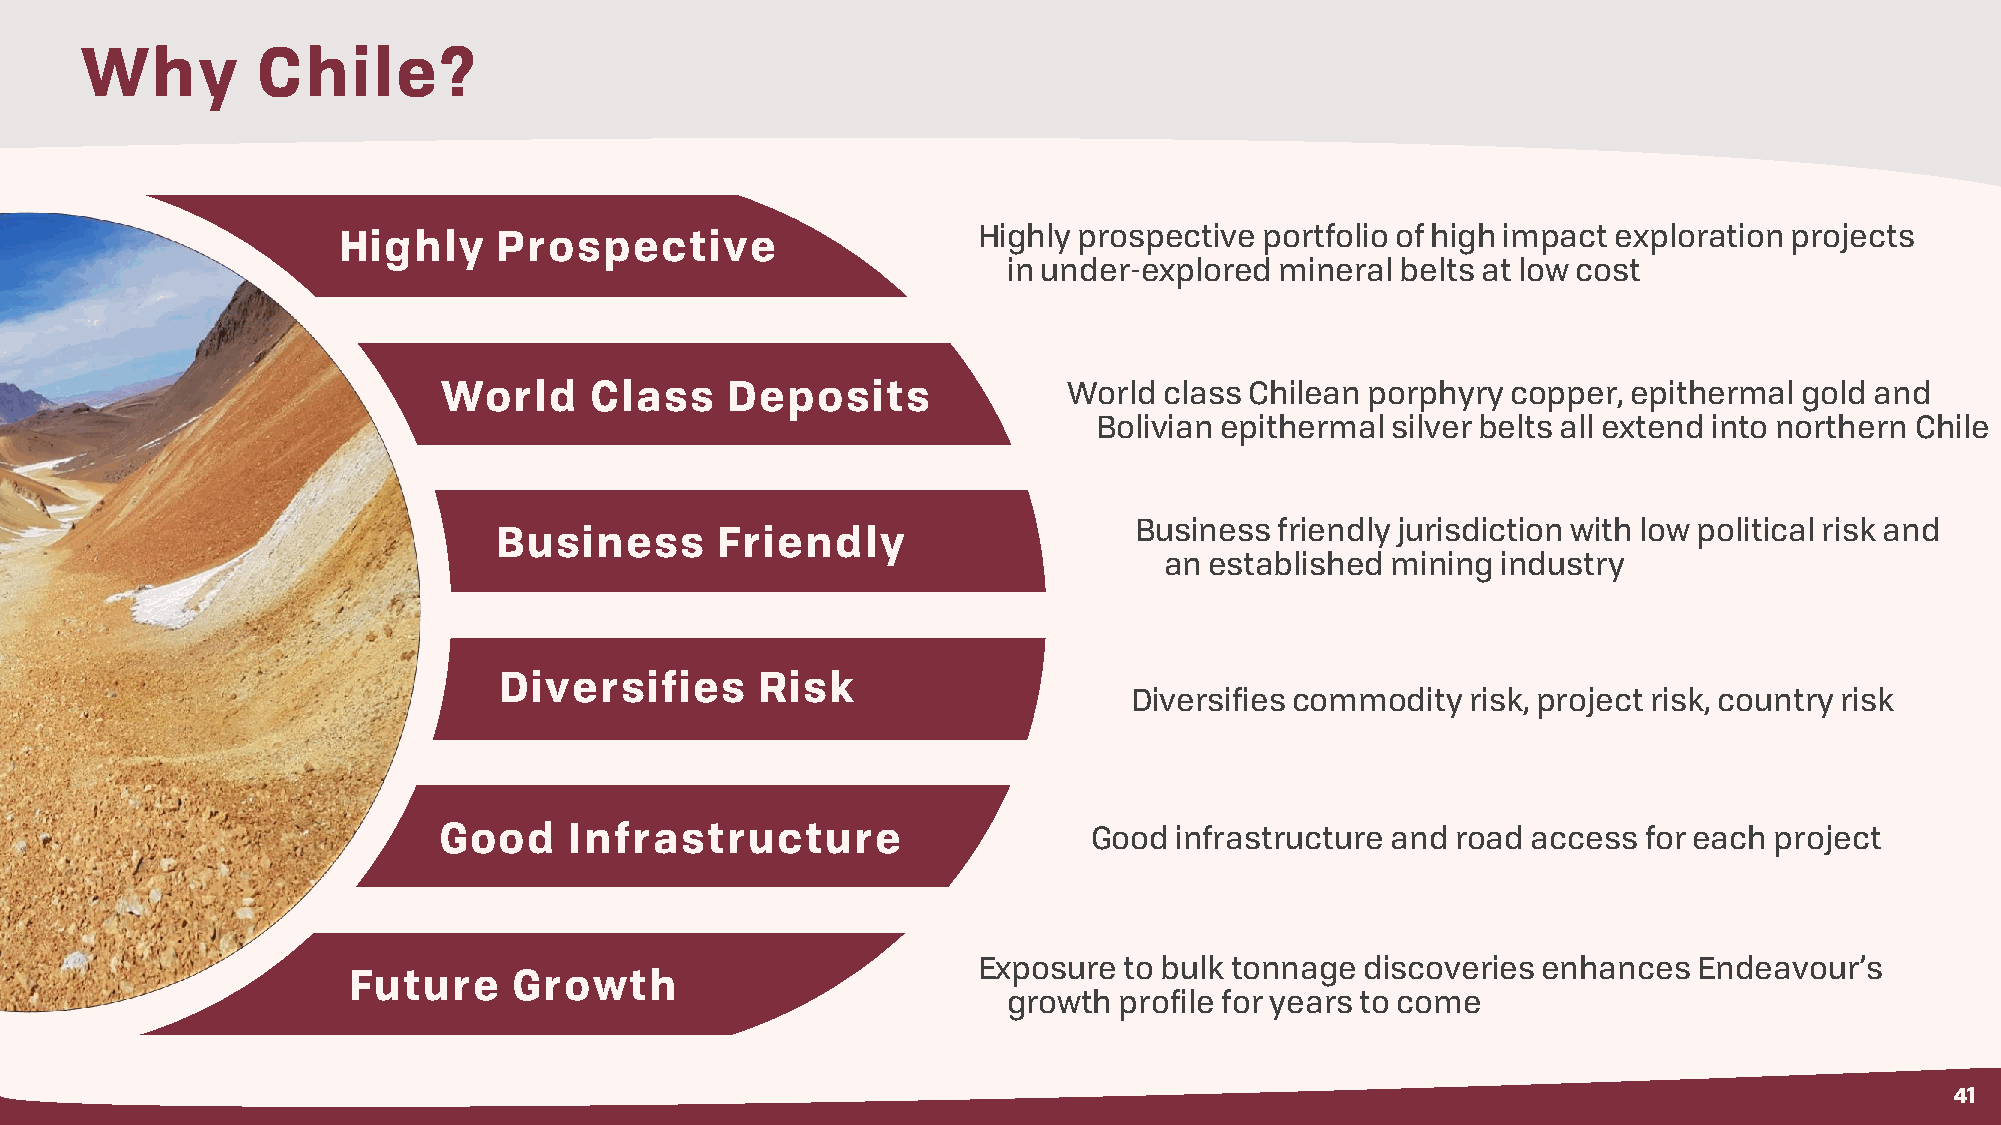
Why         Chile?
 Highly     Prospective                     Highly prospective portfolio of high impact exploration projects
 in under-explored mineral belts at low cost
 World     Class    Deposits               World class Chilean porphyry copper, epithermal gold and
 Bolivian epithermal silver belts all extend into northern Chile
 Business  friendly jurisdiction with low political risk and
 Business      Friendly
 an established mining industry
 Diversifies      Risk
 Diversifies commodity risk, project risk, country risk
 Good     Infrastructure                    Good  infrastructure and road access for each project
 Exposure to bulk tonnage discoveries enhances  Endeavour’s
 Future     Growth
 growth profile for years to come
 41